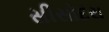
સીસોદરા